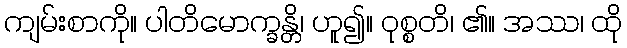
ကျမ်းစာကို။ ပါတိမောက္ခန္တိ၊ ဟူ၍။ ဝုစ္စတိ၊ ၏။ အဿ၊ ထို